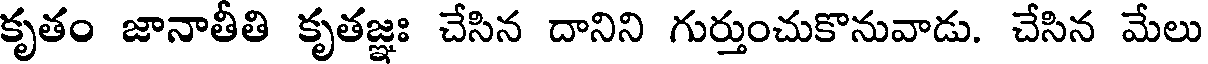
కృతం జానాతీతి కృతజ్ఞః చేసిన దానిని గుర్తుంచుకొనువాడు. చేసిన మేలు